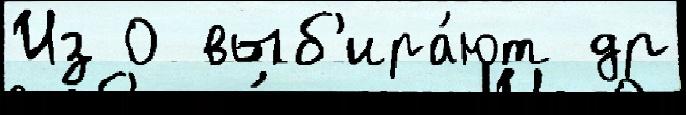
Из 0 выб'ира́ют др